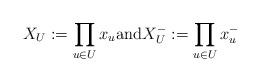
LaTeX: \begin{align*}X_U:=\prod_{u\in U} x_u{\rm and}X^-_U:=\prod_{u\in U} x^-_u\end{align*}